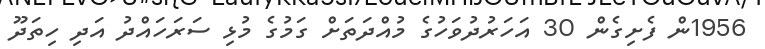
1956ން ފެށިގެން 30 އަހަރުދުވަހުގެ މުއްދަތަށް ގަމުގެ މުޅި ސަރަހައްދު އަދި ހިތަދޫ